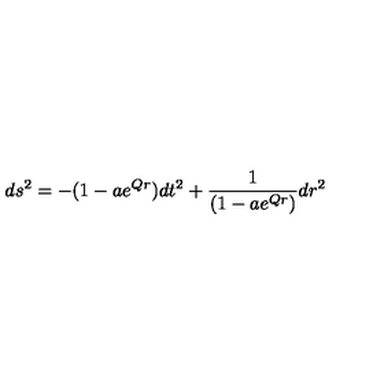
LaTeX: d s ^ { 2 } = - ( 1 - a e ^ { Q r } ) d t ^ { 2 } + \frac { 1 } { ( 1 - a e ^ { Q r } ) } d r ^ { 2 }